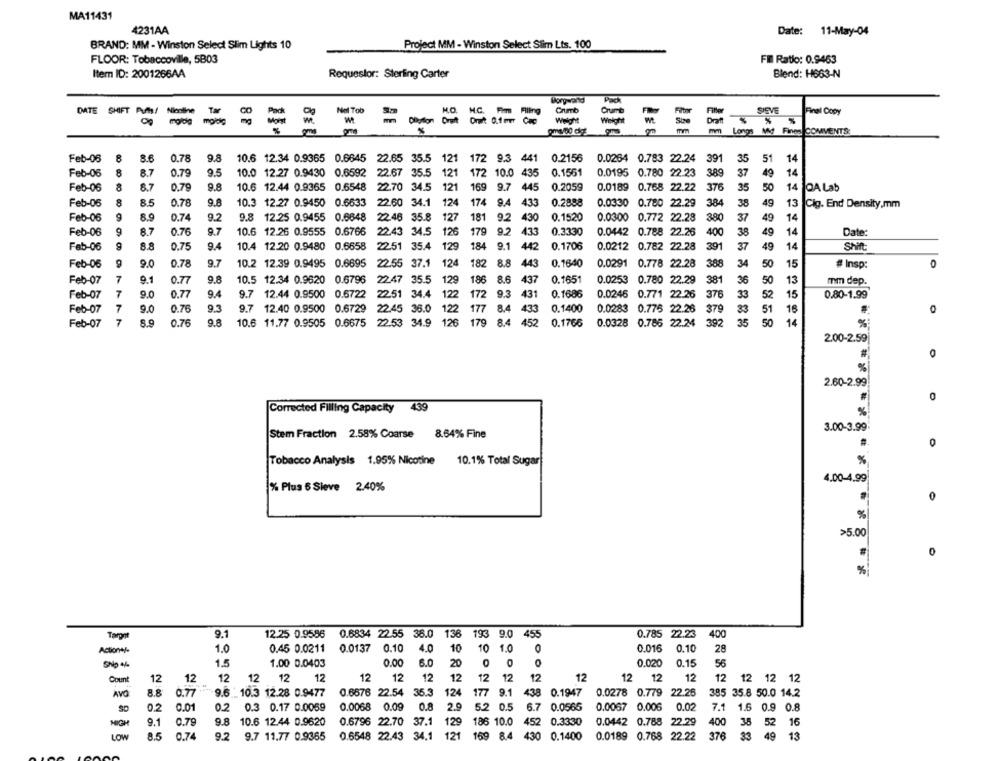
MA11431
4231AA
Date: 11-May-04
BRAND: MM - Winston Select Slim Lights 10
Project MM - Winston Select Slim Lts. 100
FLOOR: Tobaccoville, 5803
FI Ratio: 0.9463
Item ID: 2001266AA
Requestor: Sterling Carter
Blend: H663-N
DATE SHIFT PutS/ Nisthe
Nel Tob
Borgata
SIEVE
Final Copy
egida
8 8
mm Longs Md Fines COMMENTS:
Feb-06
8
8.6
0.78
9.8
10.6 12.34 0.9365 0.6645 22.65 35.5 121
172 9.3 441
0.2156
0.0264 0.783 22.24 391
35
51 14
Feb-06
8
8.7
0.79
9.5
10.0 12.27 0.9430 0.6592 22.67 35.5
121
172 10.0
435
0.1561
0.0195 0.780 22.23
389
37
49 14
Feb-06
8.7
0.79
9.8
10.6 12.44 0.9365 0.6548
22.70 34.5
121
169
9.7 445
0.2059
0.0189 0.768 22.22
376
35 50
50 14 QA Lab
Feb-06
8
8.5
0.78
9.8
10.3 12.27 0.9450 0.6633
22.60 34.1
124
174
9.4
433
0.2888
0.0330 0.780 22.29
384
38
49 13
Cig. End Density,mm
Feb-06
8.9
0.74
9.2
9.8 12.25 0.9455 0.6648
22.46 35.8
127
181
9.2
430
0.1520
0.0300 0.772 22.28
380
37 49
14
Feb-06
9
8.7
0.76
9.7
10.6 12.26 0.9555 0.6766 22.43 34.5
126
179
9.2 433
0.3330
0.0442 0.788 22.26
400
38
49
14
Date:
14
Feb-06
8.8
0.75
9.4
10.4 12.20 0.9480 0.6658
22.51 35.4
129
184
9.1 442
0.1706
0.0212 0.782 22.28
391
37
49
Shift:
Feb-06
9.0
0.78
9.7
10.2 12.39 0.9495 0.6695
22.55 37.1
124
182
8.8
443
0.1640
0.0291 0.778 22.28
388
34 50
15
# Insp:
O
Feb-07
7
9.1
0.77
9.8
10.5 12.34 0.9620 0.6796
22.47 35.5
129
186
8.6
437
0.1651
0.0253 0.780 22.29
381
36 50
13
mm dep.
Feb-07
7
9.0
0.77
9.4
9.7 12.44 0.9500 0.6722
22.51 34.4
122
172
9.3
431
0.1686
0.0246 0.771 22.26
376
33
52
15
0.80-1.99
Feb-07
7
0.76
9.3
9.7 12.40 0.9500 0.6729
22.45 36.0
122
177
8.4
433
0.1400
0.0283 0.776 22.28
379
33 51
16
Feb-07
7
8.9
0.76
9.8
10.6 11.77 0.9505 0.6675 22.53 34.9 126
179
8.4
452
0.1766
0.0328 0.786 22.24
392
35
50
14
%
2.00-2.59
#
%
2.60-2.99
0
Corrected Filling Capacity
%!
3.00-3.99
Stem Fraction 2.58% Coarse
8.64% Fine
#
Tobacco Analysis 1.95% Nicotine 10.1% Total Sugar
%
4.00-4.99
% Plus 6 Sieve 2.40%
%
>5.00
0
%
Toront
9.1
12.25 0.9586
0.6834 22.55 38.0 136 193 9.0 455
0.785 22.23 400
1.0
0.45 0.0211
0.0137
0.10
4.0
10
10 1.0
0.016
0.10
Action+/-
O
28
SNp +4
1.5
1.00 0.0403
0.00
6.0
20
O
0.020
0.15
56
Count
12
12
12
12 12
12
12
12
12
12
12
12
12
12
12 12
12
12 12 12 12
8.8
0.77
9.6.10.3 12.28 0.9477
0.6576 22.54 35.3
124
177
9.1
438 0.1947
0.0278 0.779 22.25
385 35.8 50.0 14.2
AVO
0.2
0.01
0.2 0.3 0.17 0.0059
0.0068
0.09
0.8
2.0
5.2 0.5
6.7 0.0565
0.0067 0.006
0.02
7.1 1.6 0.9 0.8
HIGH
9.1
0.79
9.8 10.6 12.44 0.9620
0.6796 22.70 37.1 129 186 10.0
452 0.3330
0.0442 0.788 22.29
400 35 52 16
LOW
8.5
0.74
9.2 9.7 11.77 0.9365
0.6548 22.43 34.1 121 169 8.4 430 0.1400
0.0189 0.768 22.22
376
49